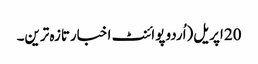
20 اپریل(اُردو پوائنٹ اخبارتازہ ترین۔